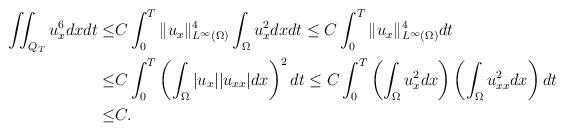
LaTeX: \begin{align*} \iint_{Q_T} u_x^6dxdt\leq& C\int_0^T\|u_x\|_{L^\infty(\Omega)}^4\int_\Omega u_x^2dx dt\leq C\int_0^T\|u_x\|_{L^\infty(\Omega)}^4 dt\\ \leq& C\int_0^T\left(\int_\Omega|u_x||u_{xx}|dx\right)^2 dt\leq C\int_0^T\left(\int_\Omega u_x^2dx\right)\left(\int_\Omega u_{xx}^2dx\right)dt\\ \leq& C.\end{align*}